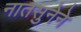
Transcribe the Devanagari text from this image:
नातसुनेने